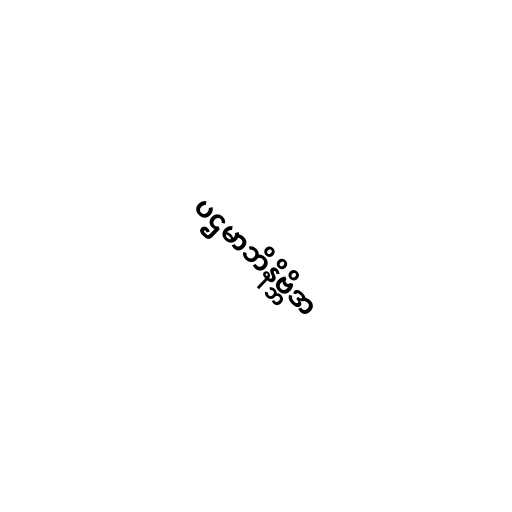
ပဌမာဘိနိဗ္ဘိဒာ